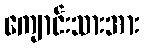
ကျောင်းသားအား